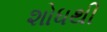
શોધથી